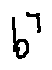
b ^ { 7 }